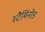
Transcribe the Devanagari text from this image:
स्टैमिंनोड